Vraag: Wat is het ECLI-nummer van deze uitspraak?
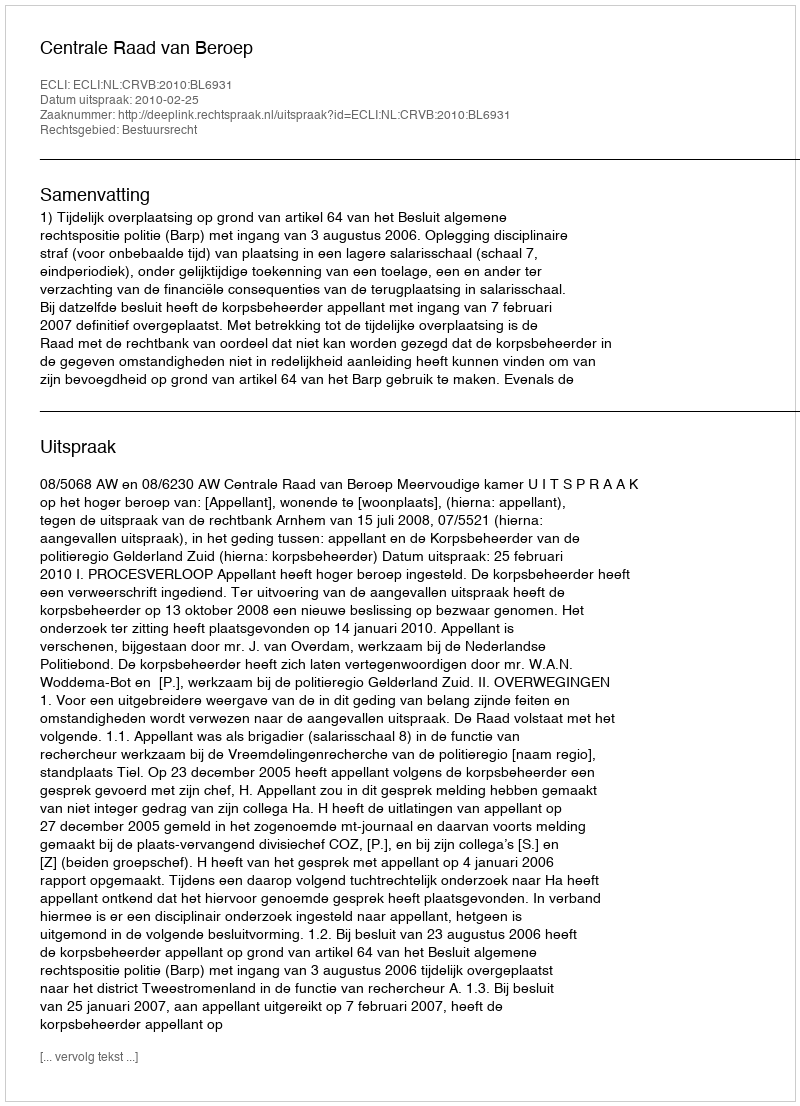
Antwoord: ECLI:NL:CRVB:2010:BL6931